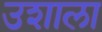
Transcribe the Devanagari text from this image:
उशाला